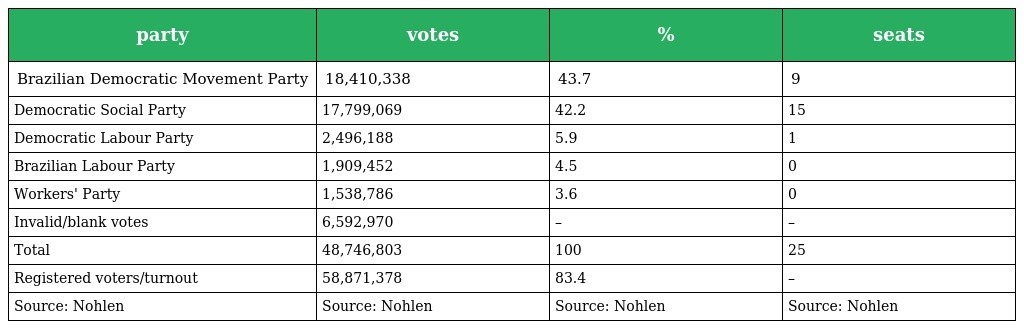
| party | votes | % | seats |
 | --- | --- | --- | --- |
 | Brazilian Democratic Movement Party | 18,410,338 | 43.7 | 9 |
 | Democratic Social Party | 17,799,069 | 42.2 | 15 |
 | Democratic Labour Party | 2,496,188 | 5.9 | 1 |
 | Brazilian Labour Party | 1,909,452 | 4.5 | 0 |
 | Workers' Party | 1,538,786 | 3.6 | 0 |
 | Invalid/blank votes | 6,592,970 | – | – |
 | Total | 48,746,803 | 100 | 25 |
 | Registered voters/turnout | 58,871,378 | 83.4 | – |
 | Source: Nohlen | Source: Nohlen | Source: Nohlen | Source: Nohlen |